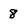
Character: 8